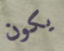
يكون